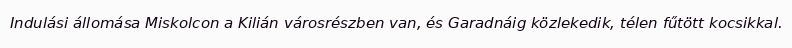
Indulási állomása Miskolcon a Kilián városrészben van, és Garadnáig közlekedik, télen fűtött kocsikkal.